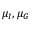
\mu _ { I } , \mu _ { G }